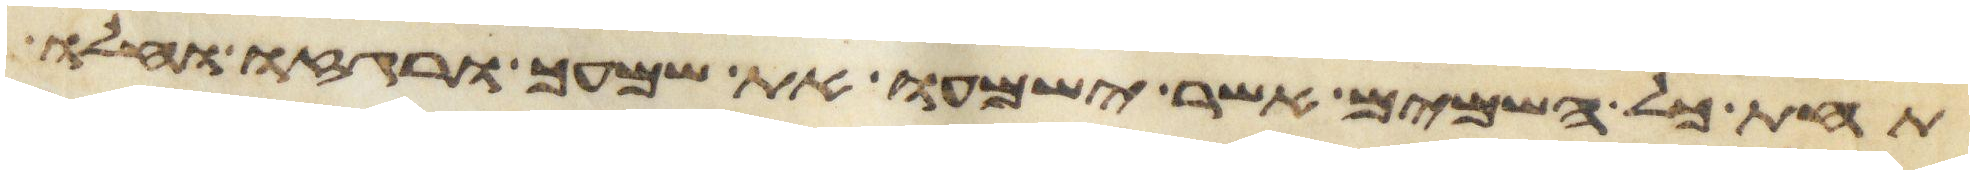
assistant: תחת כל השמים אשר ישמעו את שמעך ורגזו וחלו